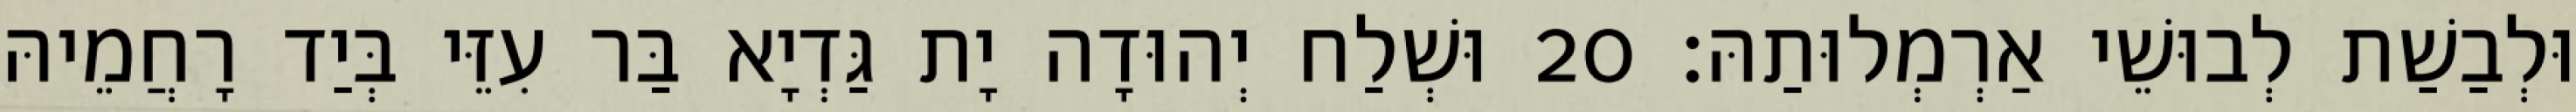
וּלְבַשַׁת לְבוּשֵׁי אַרְמְלוּתַהּ׃ 20 וּשְׁלַח יְהוּדָה יָת גַּדְיָא בַּר עִזֵּי בְּיַד רָחֲמֵיהּ